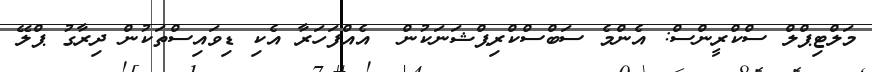
މަލްޓިޕްލް ސްކްރީންސް: އެންމެ ސަބްސްކްރިޕްޝަނަކުން  އެއްފަހަރާ އެކި ޑިވައިސްތަކުން ދިރާގު ޕްލޭ